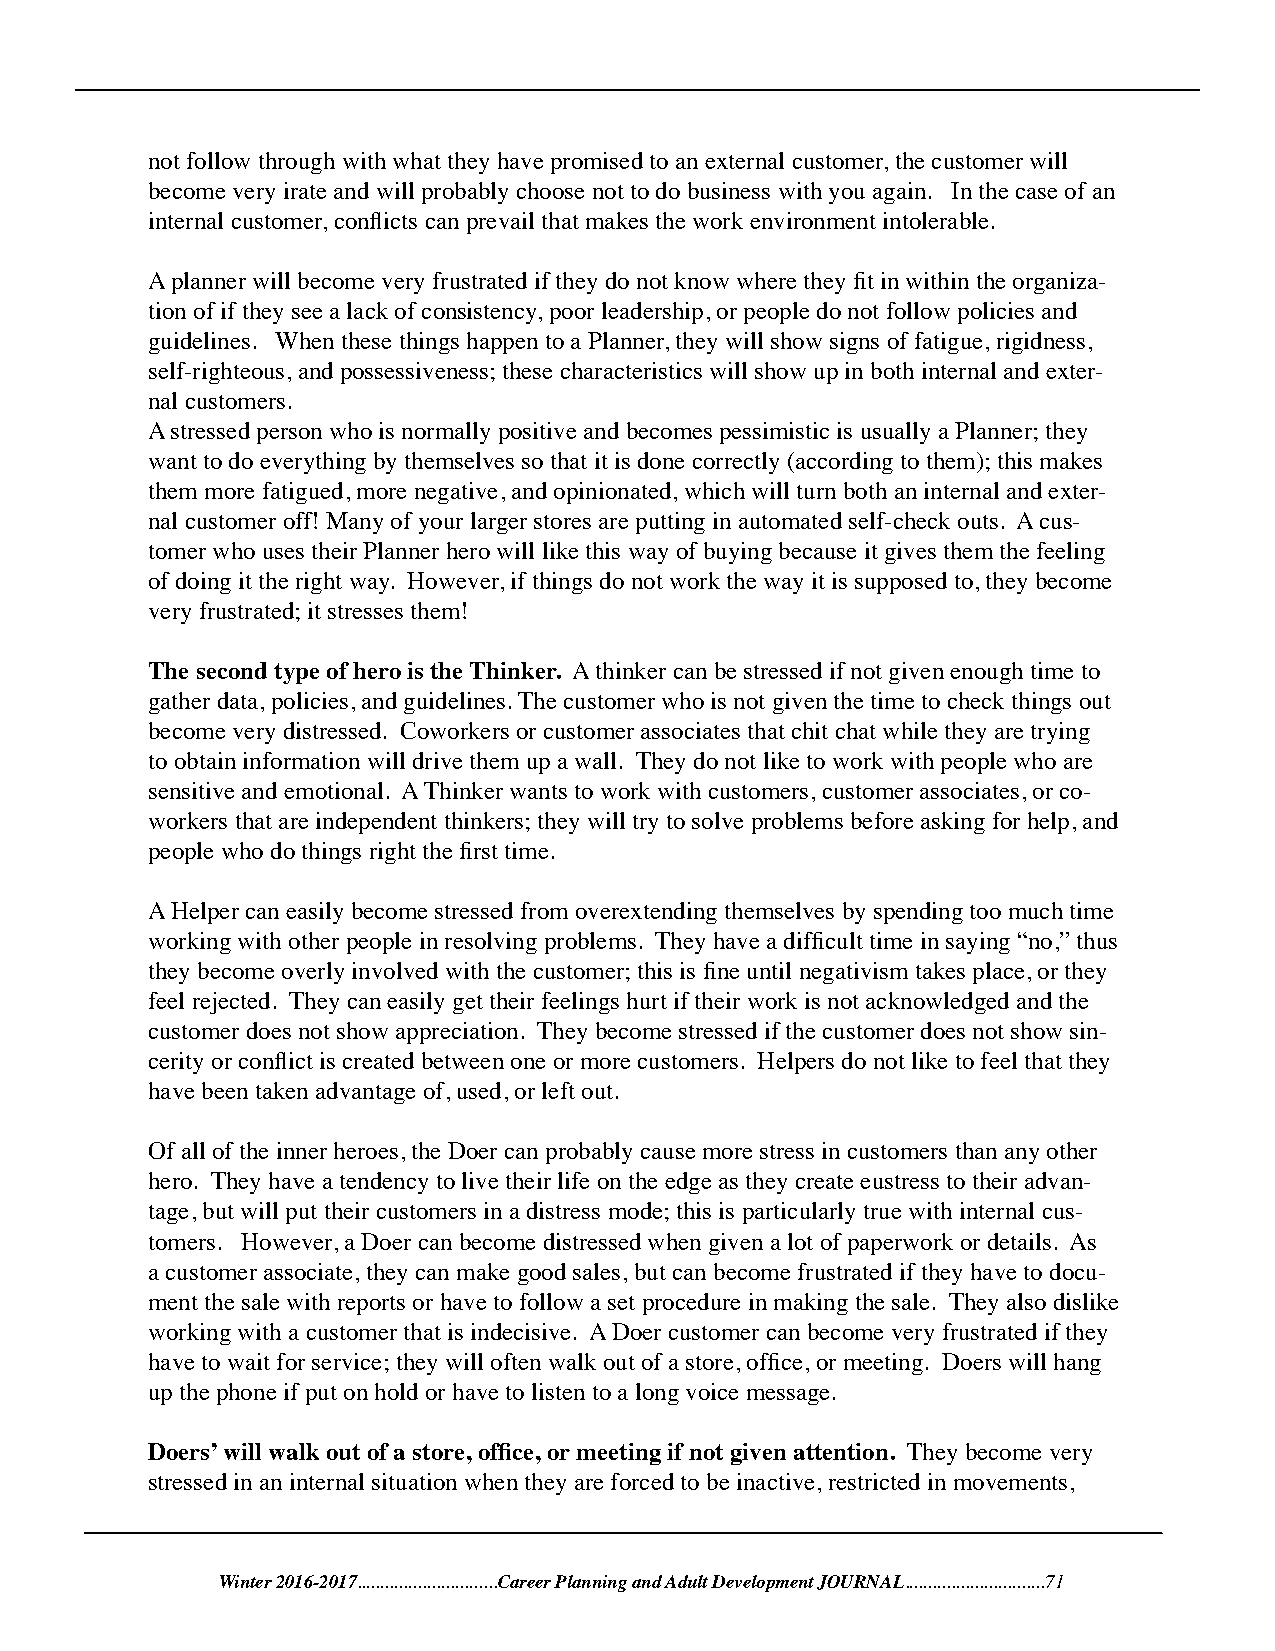
not follow through with what they have promised to an external customer, the customer will
 become very irate and will probably choose not to do business with you again. In the case of an
 internal customer, conflicts can prevail that makes the work environment intolerable.
 A planner will become very frustrated if they do not know where they fit in within the organiza-
 tion of if they see a lack of consistency, poor leadership, or people do not follow policies and
 guidelines. When these things happen to a Planner, they will show signs of fatigue, rigidness,
 self-righteous, and possessiveness; these characteristics will show up in both internal and exter-
 nal customers.
 A stressed person who is normally positive and becomes pessimistic is usually a Planner; they
 want to do everything by themselves so that it is done correctly (according to them); this makes
 them more fatigued, more negative, and opinionated, which will turn both an internal and exter-
 nal customer off! Many of your larger stores are putting in automated self-check outs. A cus-
 tomer who uses their Planner hero will like this way of buying because it gives them the feeling
 of doing it the right way. However, if things do not work the way it is supposed to, they become
 very frustrated; it stresses them!
 The second type of hero is the Thinker. A thinker can be stressed if not given enough time to
 gather data, policies, and guidelines. The customer who is not given the time to check things out
 become very distressed. Coworkers or customer associates that chit chat while they are trying
 to obtain information will drive them up a wall. They do not like to work with people who are
 sensitive and emotional. A Thinker wants to work with customers, customer associates, or co-
 workers that are independent thinkers; they will try to solve problems before asking for help, and
 people who do things right the first time.
 A Helper can easily become stressed from overextending themselves by spending too much time
 working with other people in resolving problems. They have a difficult time in saying “no,” thus
 they become overly involved with the customer; this is fine until negativism takes place, or they
 feel rejected. They can easily get their feelings hurt if their work is not acknowledged and the
 customer does not show appreciation. They become stressed if the customer does not show sin-
 cerity or conflict is created between one or more customers. Helpers do not like to feel that they
 have been taken advantage of, used, or left out.
 Of all of the inner heroes, the Doer can probably cause more stress in customers than any other
 hero. They have a tendency to live their life on the edge as they create eustress to their advan-
 tage, but will put their customers in a distress mode; this is particularly true with internal cus-
 tomers. However, a Doer can become distressed when given a lot of paperwork or details. As
 a customer associate, they can make good sales, but can become frustrated if they have to docu-
 ment the sale with reports or have to follow a set procedure in making the sale. They also dislike
 working with a customer that is indecisive. A Doer customer can become very frustrated if they
 have to wait for service; they will often walk out of a store, office, or meeting. Doers will hang
 up the phone if put on hold or have to listen to a long voice message.
 Doers’ will walk out of a store, office, or meeting if not given attention. They become very
 stressed in an internal situation when they are forced to be inactive, restricted in movements,
 Winter 2016-2017..............................Career Planning and Adult Development JOURNAL..............................71